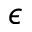
\epsilon